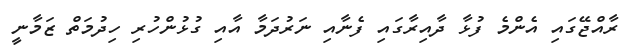
ރާއްޖޭގައި އެންމެ ފުޅާ ދާއިރާގައި ފެނާއި ނަރުދަމާ އާއި ގުޅުންހުރި ހިދުމަތް ޒަމާނީ